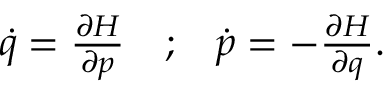
\begin{array} { r l r } { \dot { q } = \frac { \partial H } { \partial p } } & { { } ; } & { \dot { p } = - \frac { \partial H } { \partial q } . } \end{array}